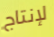
لإنتاج